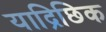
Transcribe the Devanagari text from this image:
याद्रिछिक